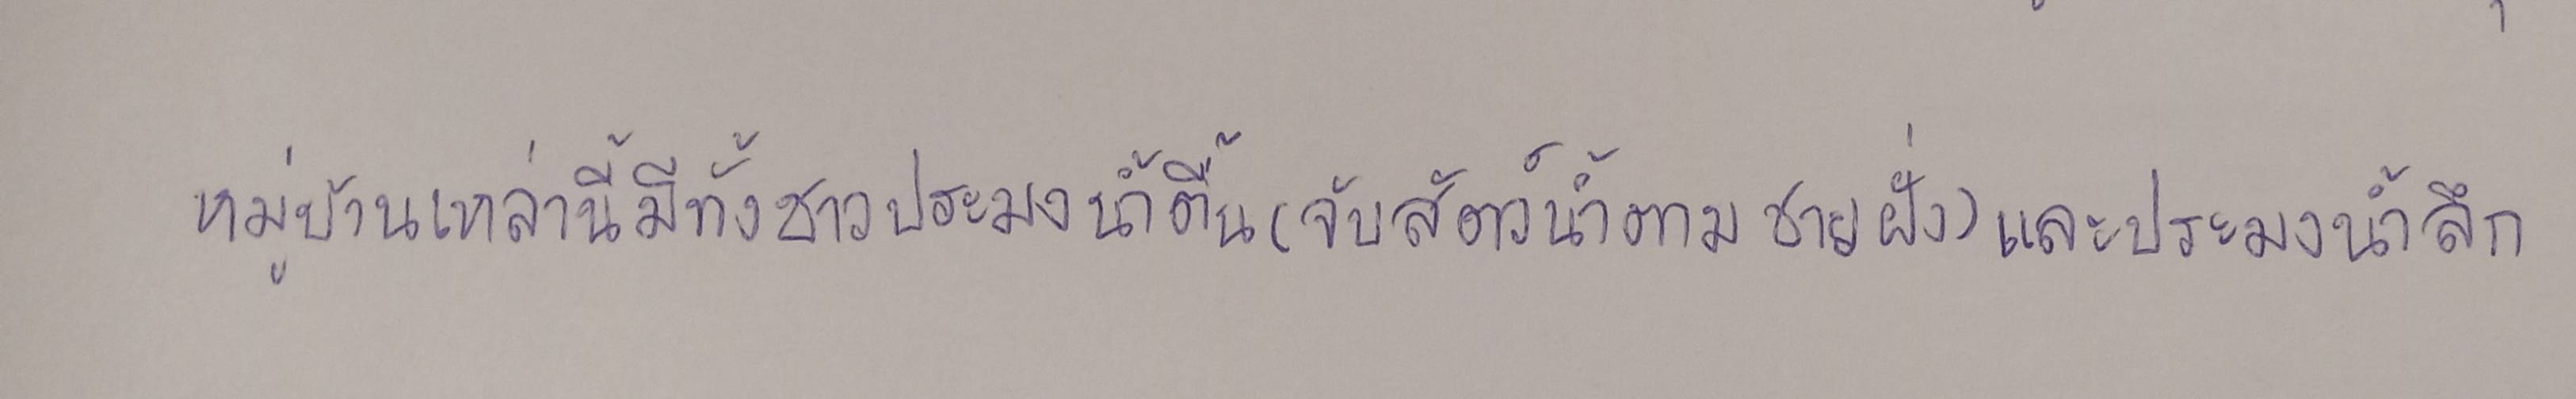
หมู่บ้านเหล่านี้มีทั้งชาวประมงน้ำตื้น(จับสัตว์น้ำตามชายฝั่ง)และประมงน้ำลึก